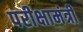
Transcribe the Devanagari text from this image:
परीक्षामंत्री